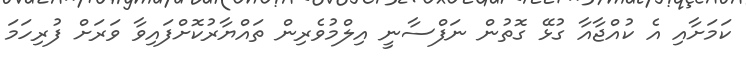
ކަމަށާއި އެ ކުއްޖާއާ ގުޅޭ ގޮތުން ނަފްސާނީ އިލްމުވެރިން ތައްޔާރުކޮށްފައިވާ ވަރަށް ފުރިހަމަ